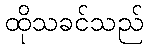
ထိုသခင်သည်